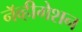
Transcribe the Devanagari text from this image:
नॅव्हीगेशन